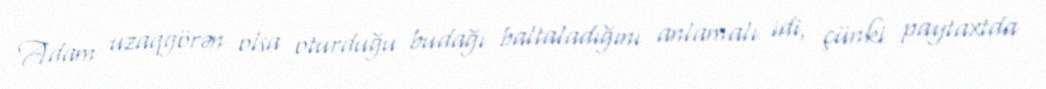
Adam uzaqgörən olsa oturduğu budağı baltaladığını anlamalı idi, çünki paytaxtda